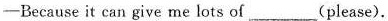
-Because it can give me lots of___(please).